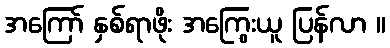
အကြော် နှစ်ရာဖိုး အကြွေးယူ ပြန်လာ ။